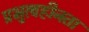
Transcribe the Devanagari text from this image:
प्रभुत्वहीनता